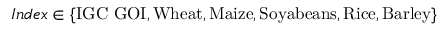
I n d e x \in \{ \mathrm { I G C ~ G O I , W h e a t , M a i z e , S o y a b e a n s , R i c e , B a r l e y } \}